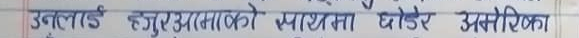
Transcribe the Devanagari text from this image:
उनलाई हजुरअसाध्यै मायामा थोरै अतरिकका